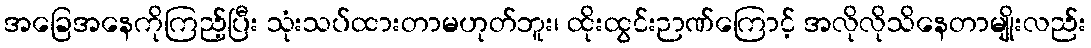
အခြေအနေကိုကြည့်ပြီး သုံးသပ်ထားတာမဟုတ်ဘူး၊ ထိုးထွင်းဉာဏ်ကြောင့် အလိုလိုသိနေတာမျိုးလည်း